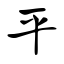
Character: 平